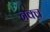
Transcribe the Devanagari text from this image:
नक्ल